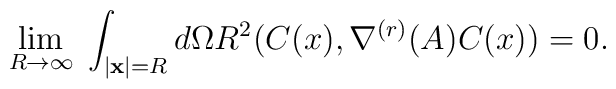
\lim_{R \rightarrow \infty}\; \int_{\mid {\bf x}\mid = R} d\Omega R^{2} (C(x), \nabla^{(r)}(A)C(x)) =0.